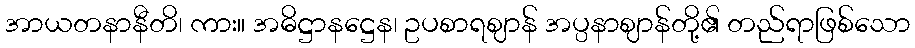
အာယတနာနီတိ၊ ကား။ အဓိဋ္ဌာနဋ္ဌေန၊ ဥပစာရဈာန် အပ္ပနာဈာန်တို့၏ တည်ရာဖြစ်သော